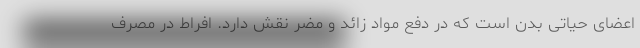
اعضای حیاتی بدن است که در دفع مواد زائد و مضر نقش دارد. افراط در مصرف